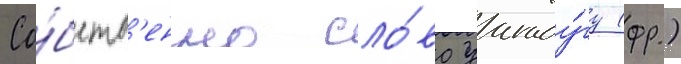
Со́бств'енно сло́во уагаду́гу (фр.)